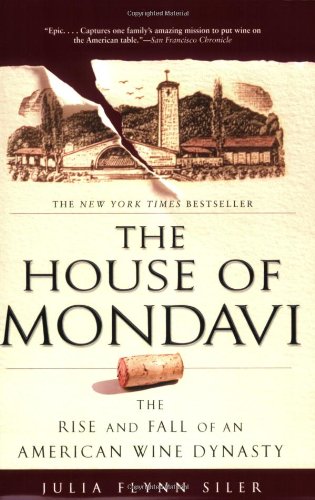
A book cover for The House of Mondavi: The Rise and Fall of an American Wine Dynasty; Julia Flynn Siler; Science & Math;